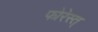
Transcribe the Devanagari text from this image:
फोरेस्त्